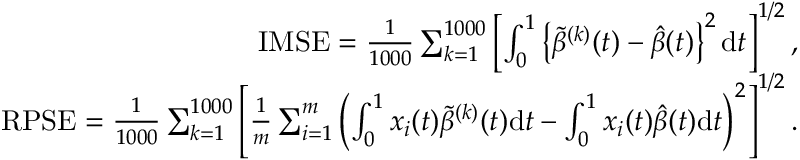
\begin{array} { r l r } & { } & { \mathrm { I M S E } = \frac { 1 } { 1 0 0 0 } \sum _ { k = 1 } ^ { 1 0 0 0 } \left[ \int _ { 0 } ^ { 1 } \left\{ \tilde { \beta } ^ { ( k ) } ( t ) - \hat { \beta } ( t ) \right\} ^ { 2 } \mathrm { d } t \right] ^ { 1 / 2 } , } \\ & { } & { \mathrm { R P S E } = \frac { 1 } { 1 0 0 0 } \sum _ { k = 1 } ^ { 1 0 0 0 } \left[ \frac { 1 } { m } \sum _ { i = 1 } ^ { m } \left( \int _ { 0 } ^ { 1 } x _ { i } ( t ) \tilde { \beta } ^ { ( k ) } ( t ) \mathrm { d } t - \int _ { 0 } ^ { 1 } x _ { i } ( t ) \hat { \beta } ( t ) \mathrm { d } t \right) ^ { 2 } \right] ^ { 1 / 2 } . } \end{array}